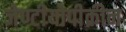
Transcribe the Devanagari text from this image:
जेण्टीयोपीक्रीन